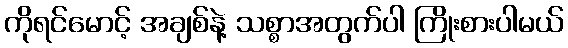
ကိုရင်မောင့် အချစ်နဲ့ သစ္စာအတွက်ပါ ကြိုးစားပါမယ်